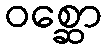
ဝစ္ဆော